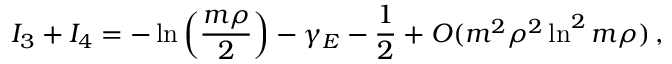
I _ { 3 } + I _ { 4 } = - \ln \left( { \frac { m \rho } { 2 } } \right) - \gamma _ { E } - { \frac { 1 } { 2 } } + { \cal O } ( m ^ { 2 } \rho ^ { 2 } \ln ^ { 2 } m \rho ) \, ,